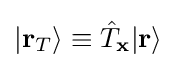
|\mathbf {r} _{T}\rangle \equiv {\hat {T}}_{\mathbf {x} }|\mathbf {r} \rangle